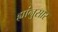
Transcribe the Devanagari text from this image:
ह्यांनुसार